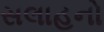
સલાહનો